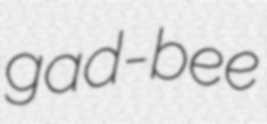
gad-bee